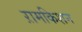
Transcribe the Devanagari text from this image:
ऱामकिशन